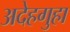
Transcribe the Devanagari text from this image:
अदेहगुहा